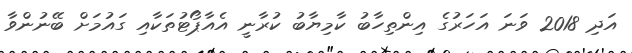
އަދި 2018 ވަނަ އަހަރުގެ އިންތިހާބު ކާމިޔާބު ކުރާނީ އެއާޕޯޓުތަކާއި ގައުމަށް ބޭނުންވާ